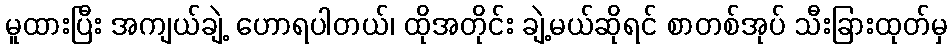
မူထားပြီး အကျယ်ချဲ့ ဟောရပါတယ်၊ ထိုအတိုင်း ချဲ့မယ်ဆိုရင် စာတစ်အုပ် သီးခြားထုတ်မှ